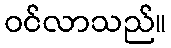
ဝင်လာသည်။